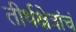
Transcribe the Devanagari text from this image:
तीर्थक्षेत्रांचं